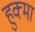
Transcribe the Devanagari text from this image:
हुक्मा